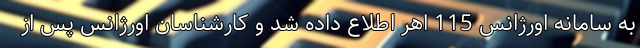
به سامانه اورژانس 115 اهر اطلاع داده شد و کارشناسان اورژانس پس از